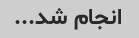
انجام شد...